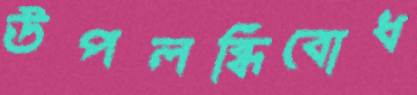
উপলব্ধিবোধ